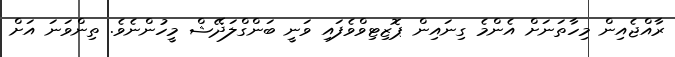
ރާއްޖެއިން މިހާތަނަށް އެންމެ ގިނައިން ޕޮޒިޓިވްވެފައި ވަނީ ބަންގްލަދޭޝް މީހުންނެވެ. ތިންވަނަ އަށް